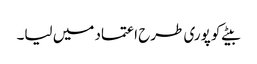
بیٹے کو پوری طرح اعتماد میں لیا۔